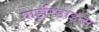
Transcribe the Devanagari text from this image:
पाइरिडाइन्स